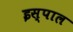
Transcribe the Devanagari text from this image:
इस्पाल